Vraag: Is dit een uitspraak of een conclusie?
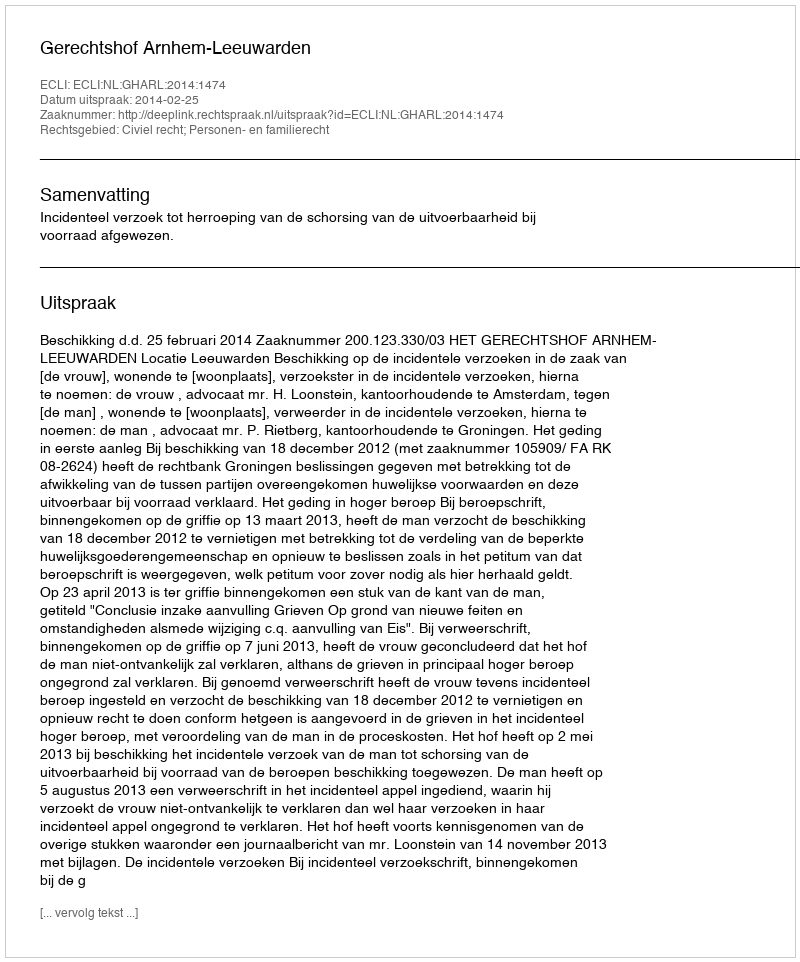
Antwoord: Uitspraak